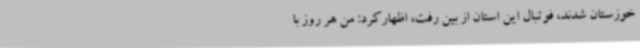
خوزستان شدند، فوتبال این استان از بین رفت، اظهارکرد: من هر روز با